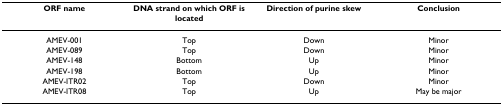
| ORF name | DNA strand on which ORF is located | Direction of purine skew | Conclusion |
 | --- | --- | --- | --- |
 | AMEV-001 | Top | Down | Minor |
 | AMEV-089 | Top | Down | Minor |
 | AMEV-148 | Bottom | Up | Minor |
 | AMEV-198 | Bottom | Up | Minor |
 | AMEV-ITR02 | Top | Down | Minor |
 | AMEV-ITR08 | Top | Up | May be major |